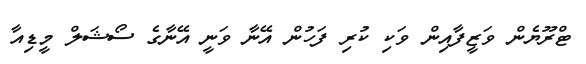
ޓްރޫޔެން ވަޒީފާއިން ވަކި ކުރި ފަހުން އޭނާ ވަނީ އޭނާގެ ސޯޝަލް މީޑިއާ